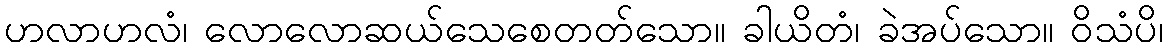
ဟလာဟလံ၊ လောလောဆယ်သေစေတတ်သော။ ခါယိတံ၊ ခဲအပ်သော။ ဝိသံပိ၊